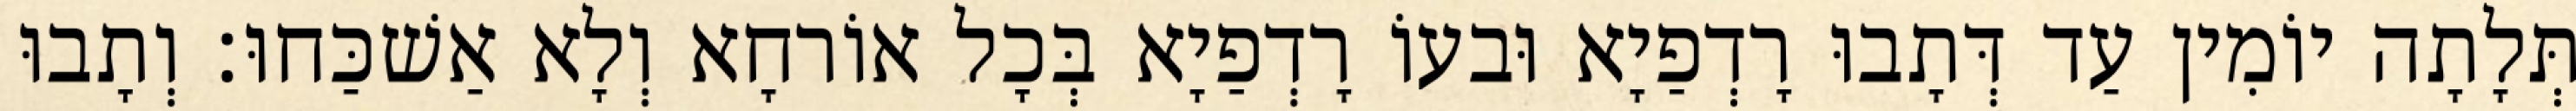
תְּלָתָה יוֹמִין עַד דְּתָבוּ רָדְפַיָא וּבעוֹ רָדְפַיָא בְּכָל אוֹרחָא וְלָא אַשׁכַּחוּ׃ וְתָבוּ